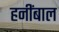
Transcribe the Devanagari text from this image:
हनींबाल